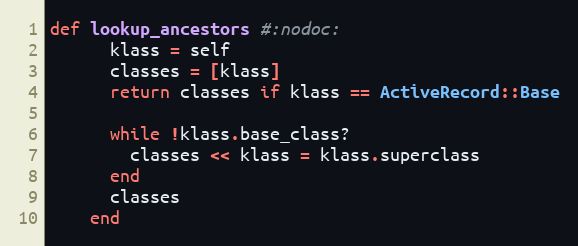
Language: Ruby
def lookup_ancestors #:nodoc:
      klass = self
      classes = [klass]
      return classes if klass == ActiveRecord::Base

      while !klass.base_class?
        classes << klass = klass.superclass
      end
      classes
    end